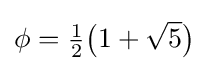
\phi ={\tfrac {1}{2}}{\bigl (}1+{\sqrt {5}}{\bigr )}